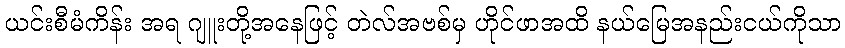
ယင်းစီမံကိန်း အရ ဂျူးတို့အနေဖြင့် တဲလ်အဗစ်မှ ဟိုင်ဖာအထိ နယ်မြေအနည်းငယ်ကိုသာ